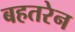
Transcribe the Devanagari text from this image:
बहतरेन